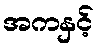
အကနှင့်